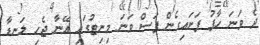
ދެ ވަނަ ހާފު ފަށައިގެން ފަސް ވަނަ މިނިޓުގައި އޭނާ ޖެހި ލަނޑާ